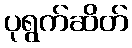
ပုရွက်ဆိတ်